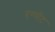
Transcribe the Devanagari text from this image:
एग्मोंट